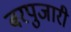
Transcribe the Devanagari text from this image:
बरपुजारी